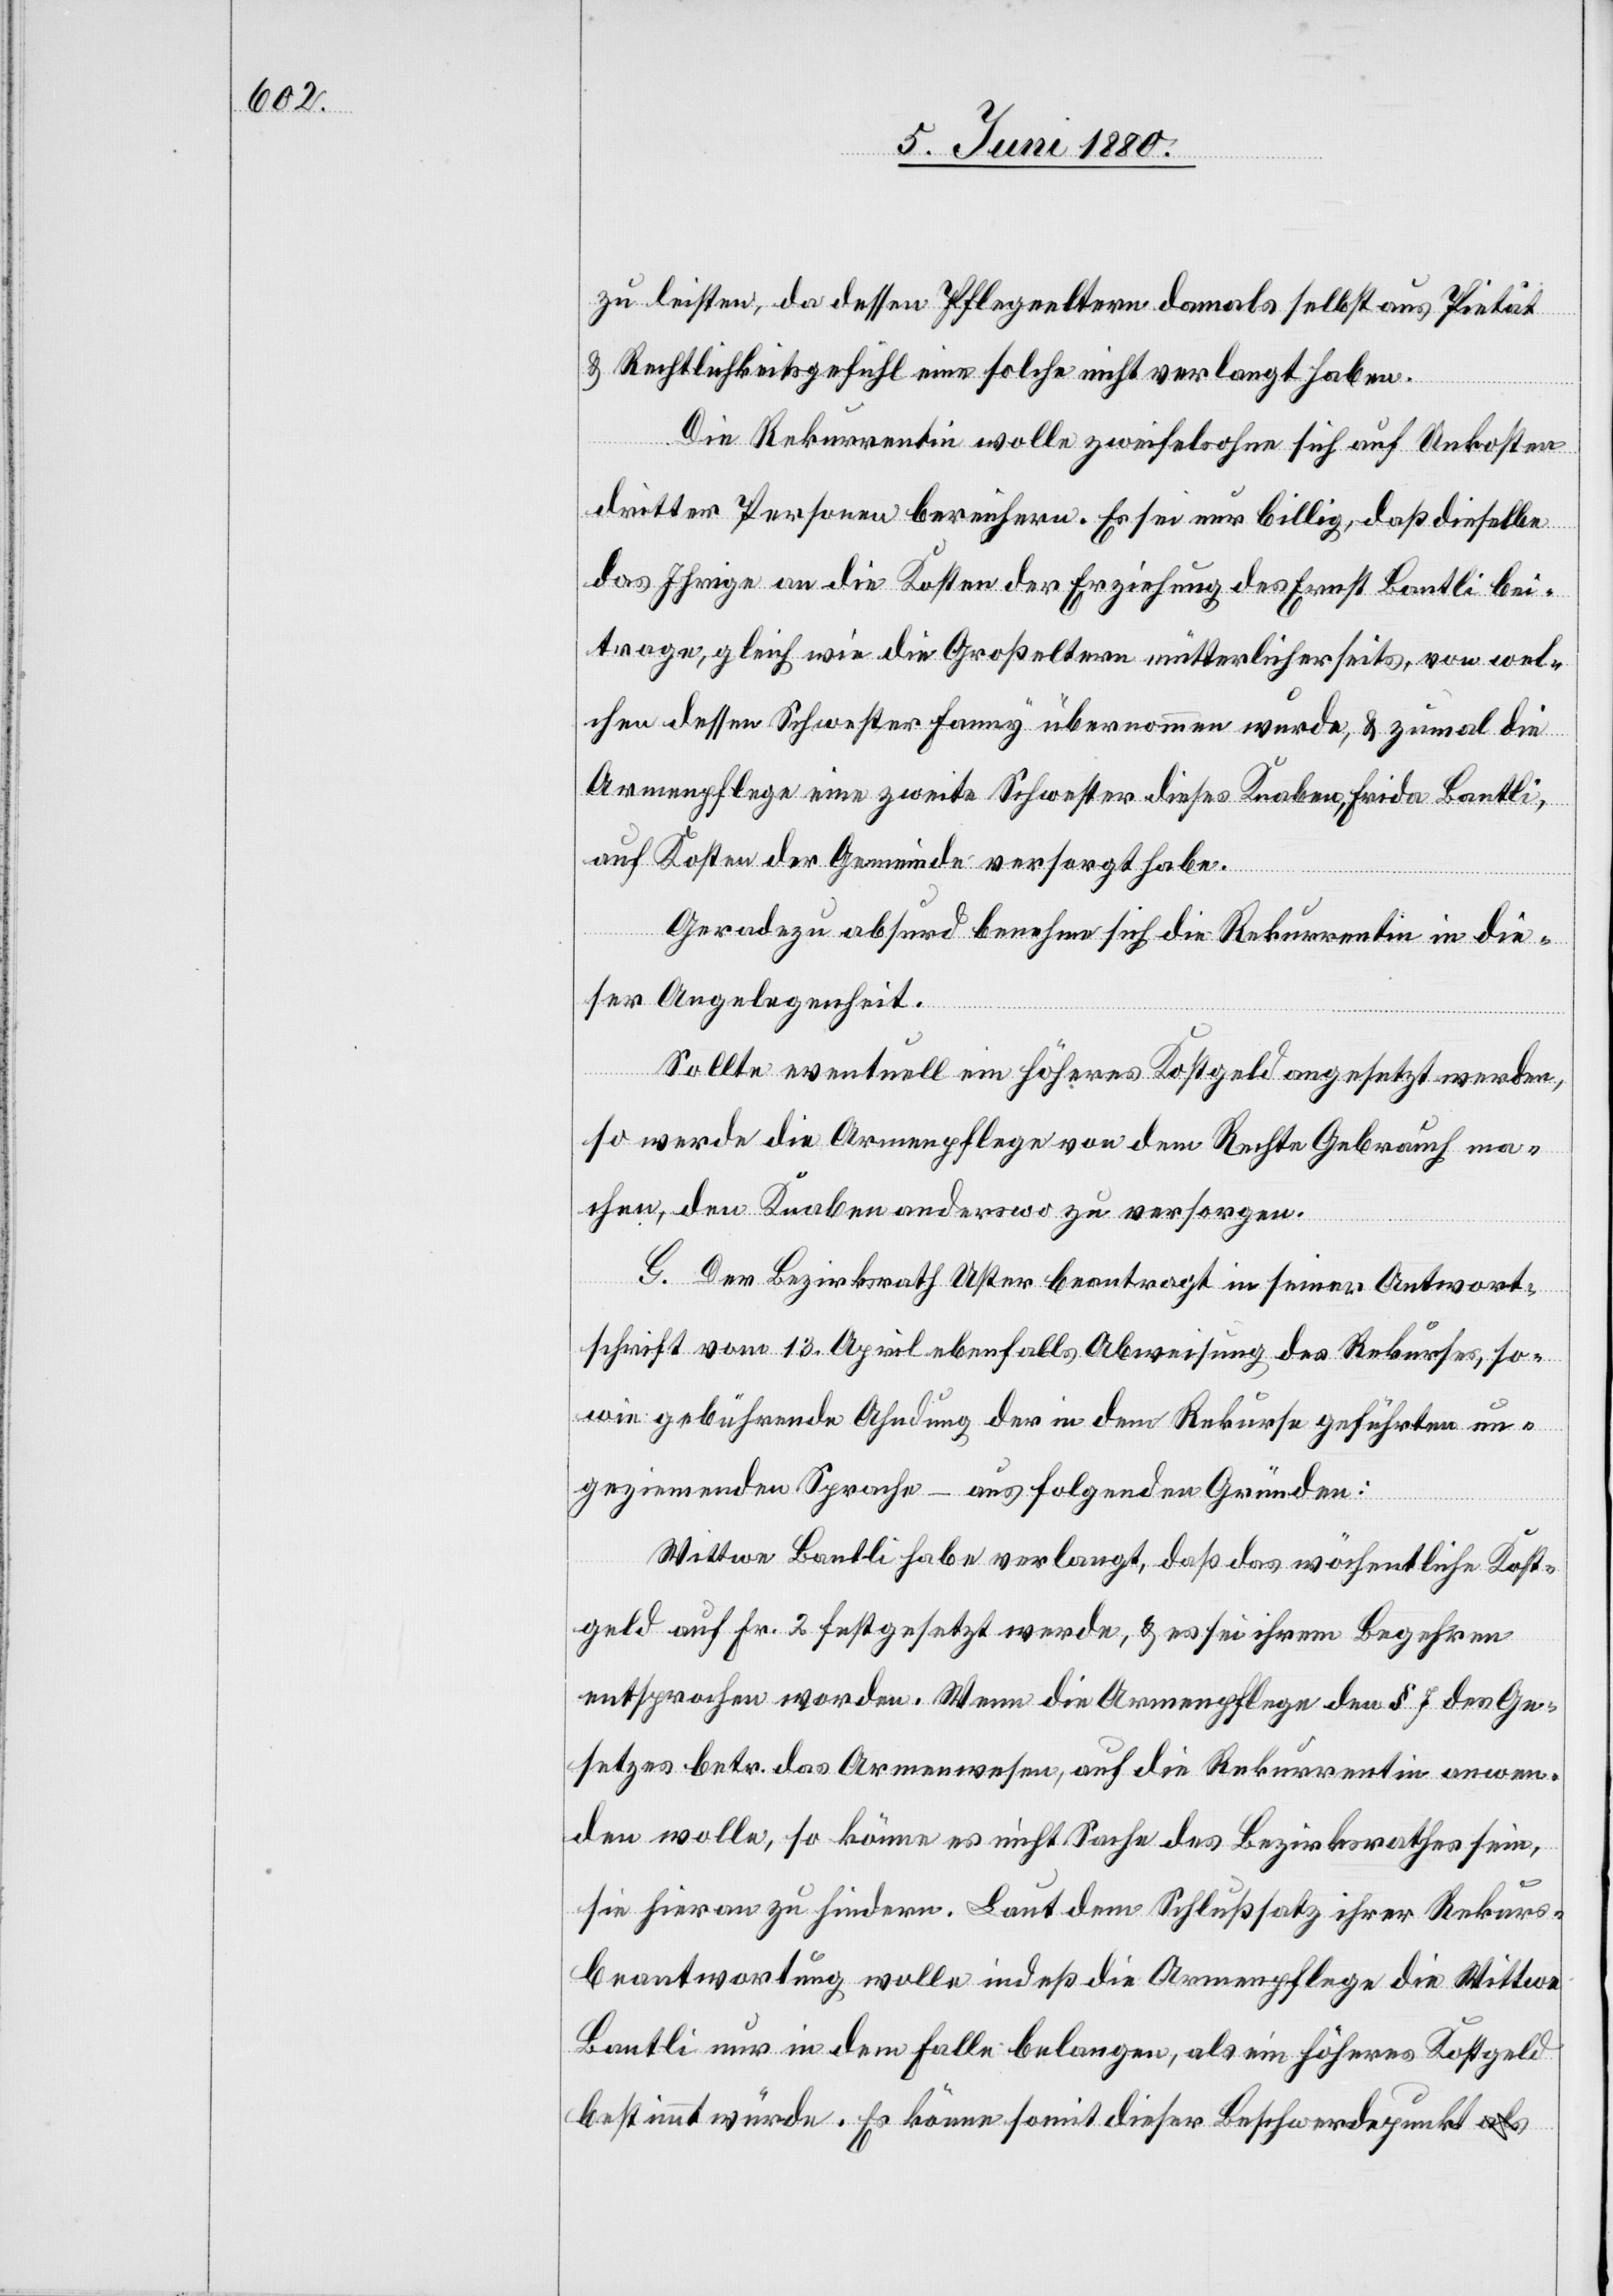
zu leisten, da dessen Pflegeeltern damals selbst aus Pietät
& Rechtlichkeitsgefühl eine solche nicht verlangt haben.
Die Rekurrentin wolle zweifelsohne sich auf Unkosten
dritter Personen bereichern. Es sei nur billig, daß dieselbe
das Ihrige an die Kosten der Erziehung des Ernst Bantli bei¬
trage, gleich wie die Großeltern mütterlicherseits, von wel¬
chen dessen Schwester Fanny übernommen wurde, & zumal die
Armenpflege eine zweite Schwester dieses Knaben, Frida Bantli,
auf Kosten der Gemeinde versorgt habe.
Geradezu absurd benehme sich die Rekurrentin in die¬
ser Angelegenheit.
Sollte eventuell ein höheres Kostgeld angesetzt werden,
so werde die Armenpflege von dem Rechte Gebrauch ma¬
chen, den Knaben anderswo zu versorgen.
G. Der Bezirksrath Uster beantragt in seiner Antwort¬
schrift vom 13. April ebenfalls Abweisung des Rekurses, so¬
wie gebührende Ahndung der in dem Rekurse geführten un¬
geziemenden Sprache – aus folgenden Gründen:
Wittwe Bantli habe verlangt, daß das wöchentliche Kost¬
geld auf Fr. 2 festgesetzt werde, & es sei ihrem Begehren
entsprochen worden. Wenn die Armenpflege den § 7 des Ge¬
setzes betr. das Armenwesen, auf die Rekurrentin anwen¬
den wolle, so könne es nicht Sache des Bezirksrathes sein,
sie hieran zu hindern. Laut dem Schlußsatz ihrer Rekurs¬
beantwortung wolle indeß die Armenpflege die Wittwe
Bantli nur in dem Falle belangen, als ein höheres Kostgeld
bestimmt würde. Es könne somit dieser Beschwerdepunkt